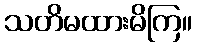
သတိမထားမိကြ။